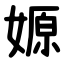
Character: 嫄